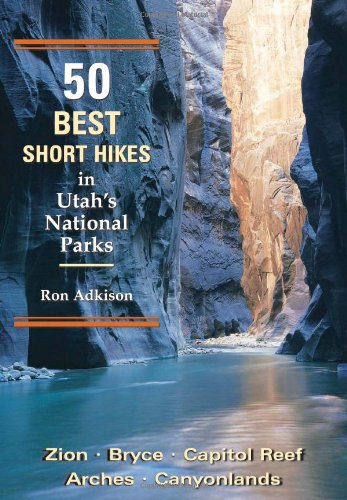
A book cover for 50 Best Short Hikes in Utah's National Parks; Ron Adkison; Travel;